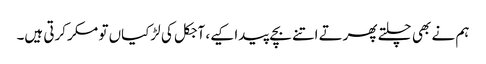
ہم نے بھی چلتے پھرتے اتنے بچے پیدا کیے، آجکل کی لڑکیاں تو مکر کرتی ہیں۔